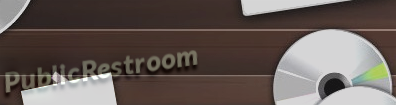
PublicRestroom